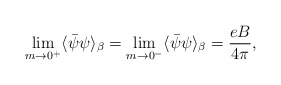
\begin{align*}\lim_{m \rightarrow 0^+} \langle \bar {\psi} \psi \rangle_{\beta}= \lim_{m \rightarrow 0^-} \langle \bar {\psi} \psi \rangle_{\beta}=\frac {eB} {4 \pi},\end{align*}